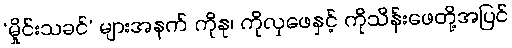
‘မှိုင်းသခင်’ များအနက် ကိုနု၊ ကိုလှဖေနှင့် ကိုသိန်းဖေတို့အပြင်